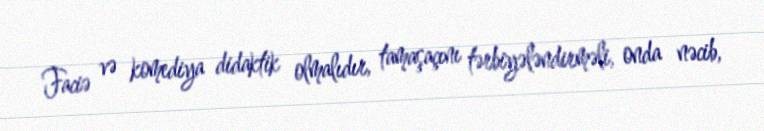
Faciə və komediya didaktik olmalıdır, tamaşaçını tərbiyələndirməli, onda nəcib,